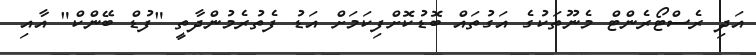
އަދި ރެސްޓޯރެންޓް މެނޫތަކުގެ އަގުތައް ބޮޑުކޮށްފިކަމަށް އަޑު ފެތުރެމުންދާތީ "ފުޑް ބޭންކް" އާއި